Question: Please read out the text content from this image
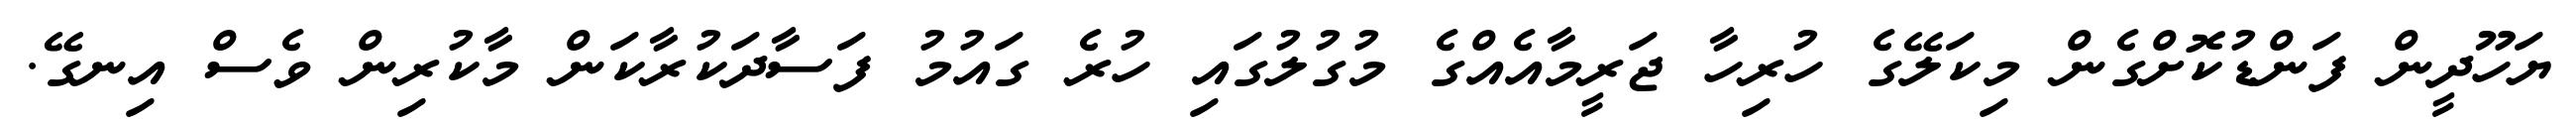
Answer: ޔަހޫދީން ފަންޑުކޮށްގެން މިކަލޭގެ ހުރިހާ ޖަރީމާއެއްގެ މުގުލުގައި ހުރެ ގައުމު ފަސާދަކުރާކަން މާކުރިން ވެސް އިނގޭ.